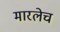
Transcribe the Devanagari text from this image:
मारलेच